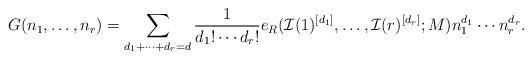
LaTeX: \begin{align*}G(n_1,\ldots,n_r)=\sum_{d_1+\cdots +d_r=d}\frac{1}{d_1!\cdots d_r!}e_R(\mathcal I(1)^{[d_1]},\ldots, \mathcal I(r)^{[d_r]};M)n_1^{d_1}\cdots n_r^{d_r}.\end{align*}